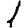
Digit: 1